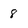
Character: 8